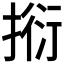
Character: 𢯼